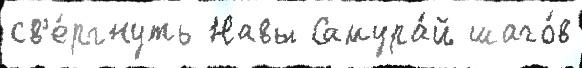
св'е́ргнуть Навы Самура́й шаго́в